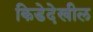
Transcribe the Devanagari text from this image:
किडेदेखील